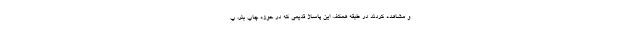
و مشاهده کردند در طبقه همکف این پاساژ قدیمی که در حوزه چاپ بنر، پ